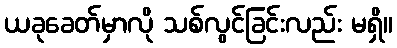
ယခုခေတ်မှာလို သစ်လွင်ခြင်းလည်း မရှိ။